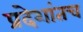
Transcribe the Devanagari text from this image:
प्रदेशांतच